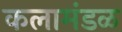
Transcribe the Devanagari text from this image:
कलामंडळ